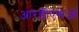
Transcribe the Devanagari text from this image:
आरडीएसओ